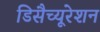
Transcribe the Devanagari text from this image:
डिसैच्यूरेशन